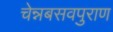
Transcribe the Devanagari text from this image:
चेन्नबसवपुराण